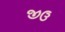
જીઉ